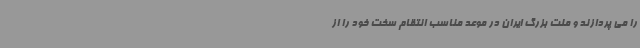
را می پردازند و ملت بزرگ ایران در موعد مناسب انتقام سخت خود را از